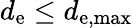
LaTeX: d_{\mathrm{e}}\le d_{\mathrm{e,max}}